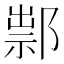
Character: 𨜿